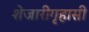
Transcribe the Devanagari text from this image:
शेजारीगृहासी